Second report of the anti-malarial operations at Mian Mir, 1901-1903 - Number 9
Year: 1901
Disease focus: Malaria
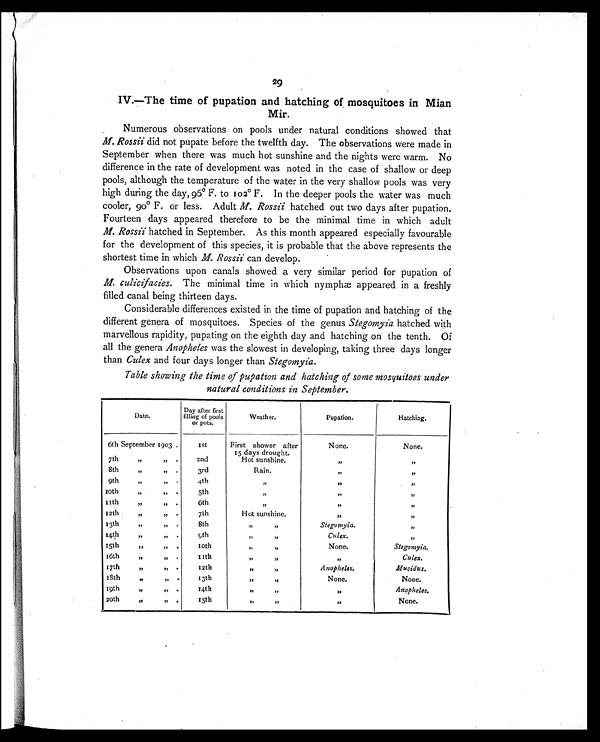
29
IV.—The time of pupation and hatching of mosquitoes in Mian
Mir.
Numerous observations on pools under natural conditions showed that
M. Rossii did not pupate before the twelfth day. The observations were made in
September when there was much hot sunshine and the nights were warm. No
difference in the rate of development was noted in the case of shallow or deep
pools, although the temperature of the water in the very shallow pools was very
high during the day, 96°
F. to 102° F. In the deeper pools the water was much
cooler, 90°
F. or less. Adult M. Rossii hatched out two days after pupation.
Fourteen days appeared therefore to be the minimal time in which adult
M. Rossii hatched in September. As this month appeared especially favourable
for the development of this species, it is probable that the above represents the
shortest time in which M. Rossii can develop.
Observations upon canals showed a very similar period for pupation of
M. culicifacies. The minimal time in which nymphæ appeared in a freshly
filled canal being thirteen days.
Considerable differences existed in the time of pupation and hatching of the
different genera of mosquitoes. Species of the genus Stegomyia hatched with
marvellous rapidity, pupating on the eighth day and hatching on the tenth. Of
all the genera Anopheles was the slowest in developing, taking three days longer
than Culex and four days longer than Stegomyia.
Table showing the time of pupation and hatching of some mosquitoes under
natural conditions in September.
Date.
Day after first
filling of pools
or pots.
Weather.
Pupation.
Hatching.
6th September 1903 .
1st
First shower after
15 days drought.
Hot sunshine.
Rain.
None.
None.
"
" .
2 n d
8th
"
" .
3rd
9th
"
" .
"
1 0 t h
"
"
.
5th
"
"
11th
"
"
.
6th
"
"
1 2 t h
" .
7th
Hot sunshine.
"
"
1 3 t h
"
" .
8th
"
"
Stegomyia.
"
14th
"
"
.
9 , t h
"
"
Culex.
"
15th
"
" .
10th
"
"
None.
Stegomyia.
1 6 t h
"
.
1 1 t h "
"
"
Culex.
17th
"
" .
12th
"
"
Anopheles.
Muci dus.
18t h
”
"
.
13th
"
"
None.
None.
1 9 t h
"
" .
14th
"
"
"
Anopheles.
20th
"
"
.
15th
"
"
"
None.